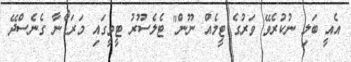
އެއީ ބަލި ނުކުރެވޭ ވަރުގެ ޓީމެއް ނޫން" ޓެލެސޫރު ޓީވީގައި މަރަޑޯނާ ގެނެސްދޭ